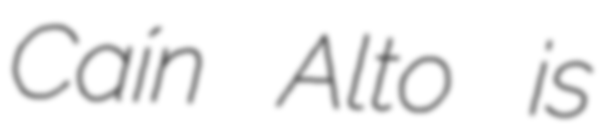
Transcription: Caín Alto is